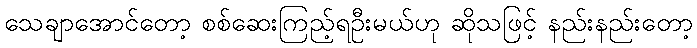
သေချာအောင်တော့ စစ်ဆေးကြည့်ရဦးမယ်ဟု ဆိုသဖြင့် နည်းနည်းတော့